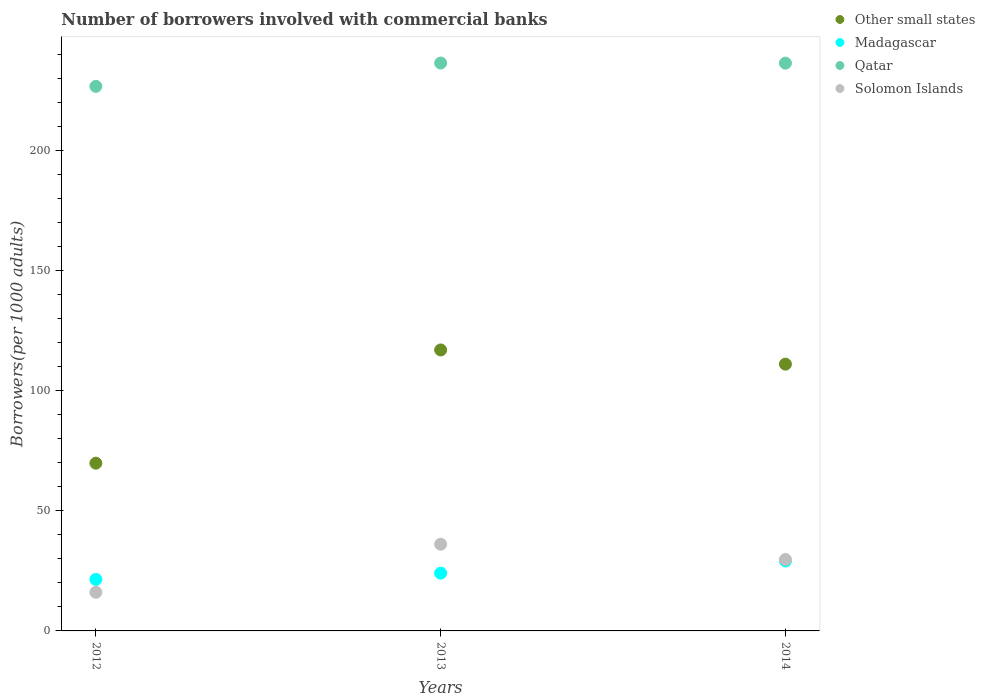
| Years | Other small states | Madagascar | Qatar | Solomon Islands |
 | --- | --- | --- | --- | --- |
 | 2012 | 69.9 | 21.5 | 227 | 16.1 |
 | 2013 | 117 | 24.1 | 237 | 36.1 |
 | 2014 | 111 | 29.1 | 237 | 29.8 |